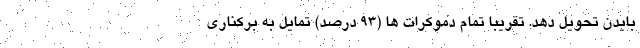
بایدن تحویل دهد. تقریبا تمام دموکرات ها (۹۳ درصد) تمایل به برکناری